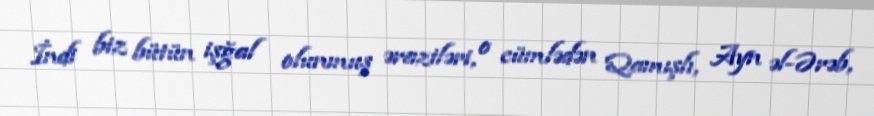
İndi biz bütün işğal olunmuş əraziləri, o cümlədən Qamışlı, Ayn əl-Ərəb,